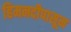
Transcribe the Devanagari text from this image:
हिमनदीपासून